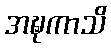
အဍ္ဎကာသိ